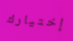
إختيارك